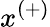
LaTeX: x^{(+)}